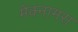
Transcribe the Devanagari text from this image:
मेक्नामरा